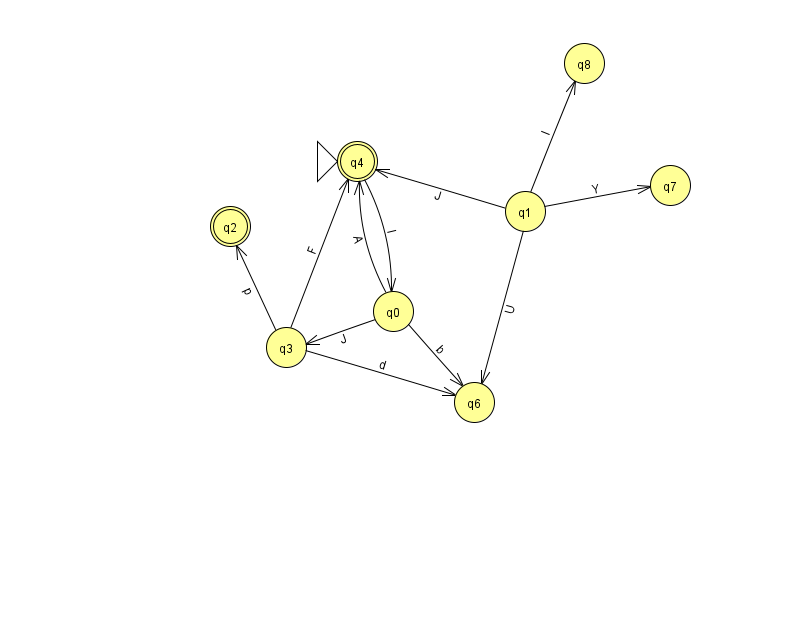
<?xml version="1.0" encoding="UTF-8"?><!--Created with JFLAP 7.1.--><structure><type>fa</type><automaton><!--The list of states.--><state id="0" name="q0"><x>393.0</x><y>298.0</y></state><state id="1" name="q1"><x>525.0</x><y>198.0</y></state><state id="2" name="q2"><x>230.0</x><y>213.0</y><final/></state><state id="3" name="q3"><x>286.0</x><y>334.0</y></state><state id="4" name="q4"><x>357.0</x><y>148.0</y><initial/><final/></state><state id="6" name="q6"><x>474.0</x><y>389.0</y></state><state id="7" name="q7"><x>670.0</x><y>172.0</y></state><state id="8" name="q8"><x>584.0</x><y>50.0</y></state><!--The list of transitions.--><transition><from>0</from><to>3</to><read>J</read></transition><transition><from>1</from><to>6</to><read>U</read></transition><transition><from>3</from><to>4</to><read>F</read></transition><transition><from>1</from><to>8</to><read>l</read></transition><transition><from>4</from><to>0</to><read>I</read></transition><transition><from>3</from><to>6</to><read>d</read></transition><transition><from>3</from><to>2</to><read>p</read></transition><transition><from>0</from><to>6</to><read>b</read></transition><transition><from>1</from><to>4</to><read>J</read></transition><transition><from>1</from><to>7</to><read>Y</read></transition><transition><from>0</from><to>4</to><read>A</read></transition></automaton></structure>